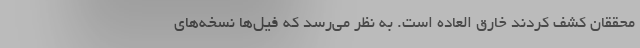
محققان کشف کردند خارق العاده است. به نظر می‌رسد که فیل‌ها نسخه‌های